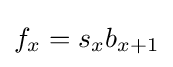
f_{x}=s_{x}b_{x+1}